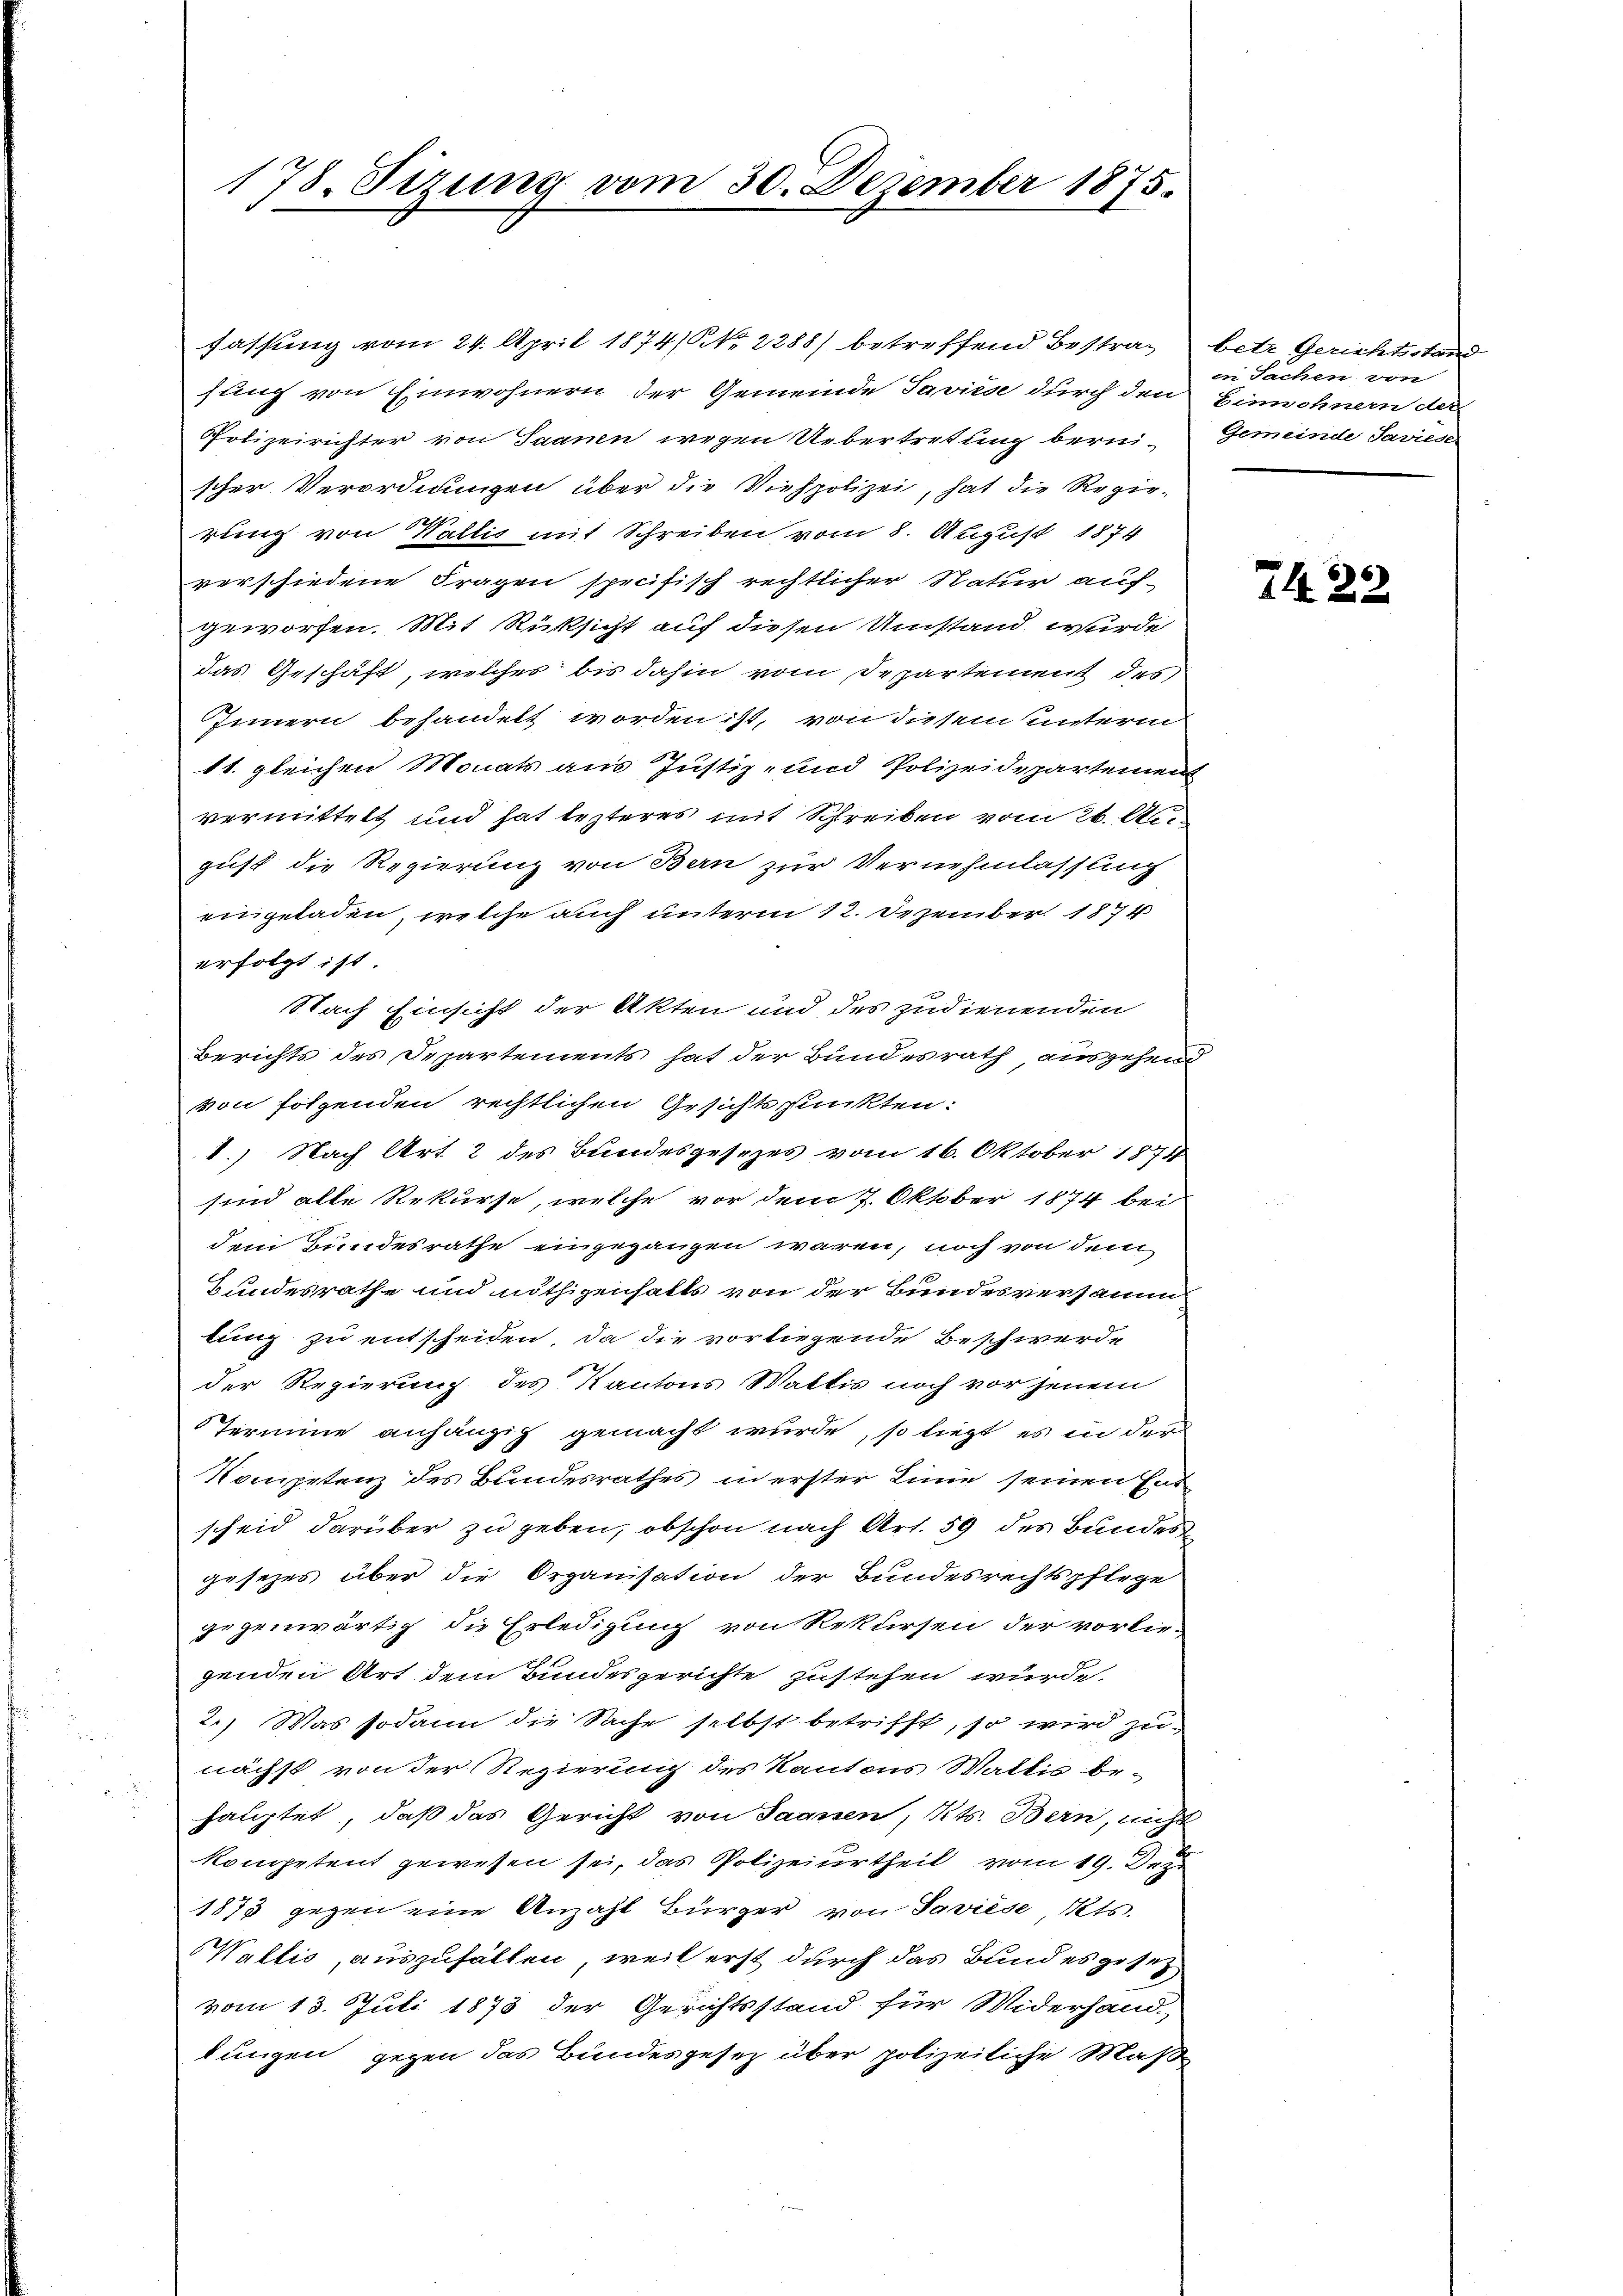
fassung vom 24. April 1874. 2288) betreffend Bestrag betr. Gerichtsstand
hung von Einwohnern der Gemeinde Javies durch den Einwohnern der
Polizeirichter von Saanen wegen Uebertretung berni- Gemeinde Javieser
scher Verordnungen über die Viehpolizei, hat die Regie-
rung von Wallis mit Schreiben vom 8. August 1874
verschiedene Fragen specifisch rechtlicher Natur auf-
geworfen. Mit Rüksicht auf diesen Umstand wurde
das Geschäft, welches bis dahin vom Departement des
Innern behandelt worden ist, von diesem unterm
11. gleichen Monats aus Justiz- und Polizeidepartement
vermittelt und hat lezteres mit Schreiben vom 26. Aus
gust die Regierung von Bern zur Vernehmlassung
eingeladen, welche auch unterm 12. Dezember 1874
erfolgt ist
Nach Einsicht der Akten und des zudienenden
Berichts des Departements hat der Bundesrath, ausgehendvon folgenden rechtlichen Gesichtspunkten:
1.) Nach Art. 2 des Bundesgesezes vom 16. Oktober 1874
sind alle Rekurse, welche vor dem 7. Oktober 1874 bei
dem Bundesrathe eingegangen wären, noch von dem
Bundesrathe und nöthigenfalls von der Bundesversamm
lung zu entscheiden, da die vorliegende Beschwerde
der Regierung des Kantons Wattis noch vor jenem
S Termine anhängig gemacht wurde, so liegt es in der
Kompetenz des Bundesrathes in erster Linie seinen Entscheid darüber zu geben, obschon nach Art. 59 des Bundesgesezes über die Organisation der Bundesrechtspflege
gegenwärtig die Erledigung von Rekursen der vorlie-
genden Art dem Bundesgerichte zustehen wurde.
2.) Was sodann die Sache selbst betrifft, so wird zu
nächst von der Regierung des Kantons Wattis be-
hauptet, daß das Gericht von Saanen, Kts. Bern, nicht
kompetent gewesen sei, das Polizeiurtheil vom 19. Dez
1875 gegen eine Anzahl Bürger von Saviese Kts.
Wallis, auszufällen, weil erst durch das Bundesgesetz
vom 13. Juli 1873 der Gerichtsstand für Widerhand-
lungen gegen das Bundesgesetz über polizeiliche Maße

178. Sizung vom 30. Dezember 1875.

in Sachen von

7422